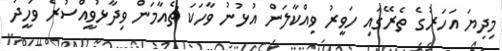
މިދިޔަ އަހަރުގެ ތެރޭގައި ހަވީރު ވިއްކާލަން އުޅުނު ވާހަކަ ޗެއާމަން ވިދާޅުވީއްސުރެ ވަހީދު